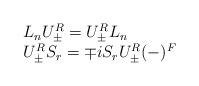
LaTeX: \begin{align*}\begin{array}{l}L_nU_{\pm }^R=U_{\pm }^RL_n \\ U_{\pm }^RS_r=\mp iS_rU_{\pm }^R(-)^F\end{array}\end{align*}